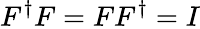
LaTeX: F^{\dagger}F=FF^{\dagger}=I